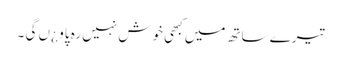
تیرے ساتھ میں کبھی خوش نہیں رہ پاو ¿ں گی ۔